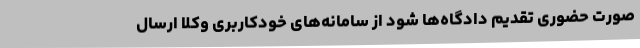
صورت حضوری تقدیم دادگاه‌ها شود از سامانه‌های خودکاربری وکلا ارسال